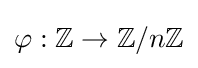
\varphi :\mathbb {Z} \rightarrow \mathbb {Z} /n\mathbb {Z}